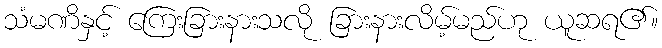
သံမဏိနှင့် ကြေးခြားနားသလို ခြားနားလိမ့်မည်ဟု ယူဆရ၏။